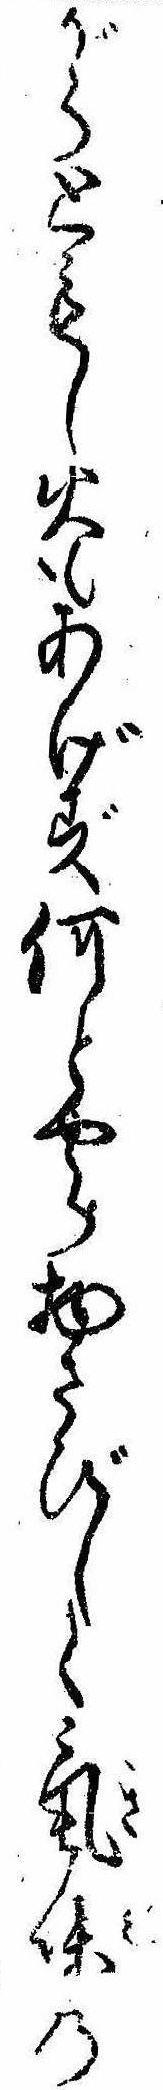
がらともし火もあげず何とやら物さびしく気味の